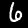
Digit: 6